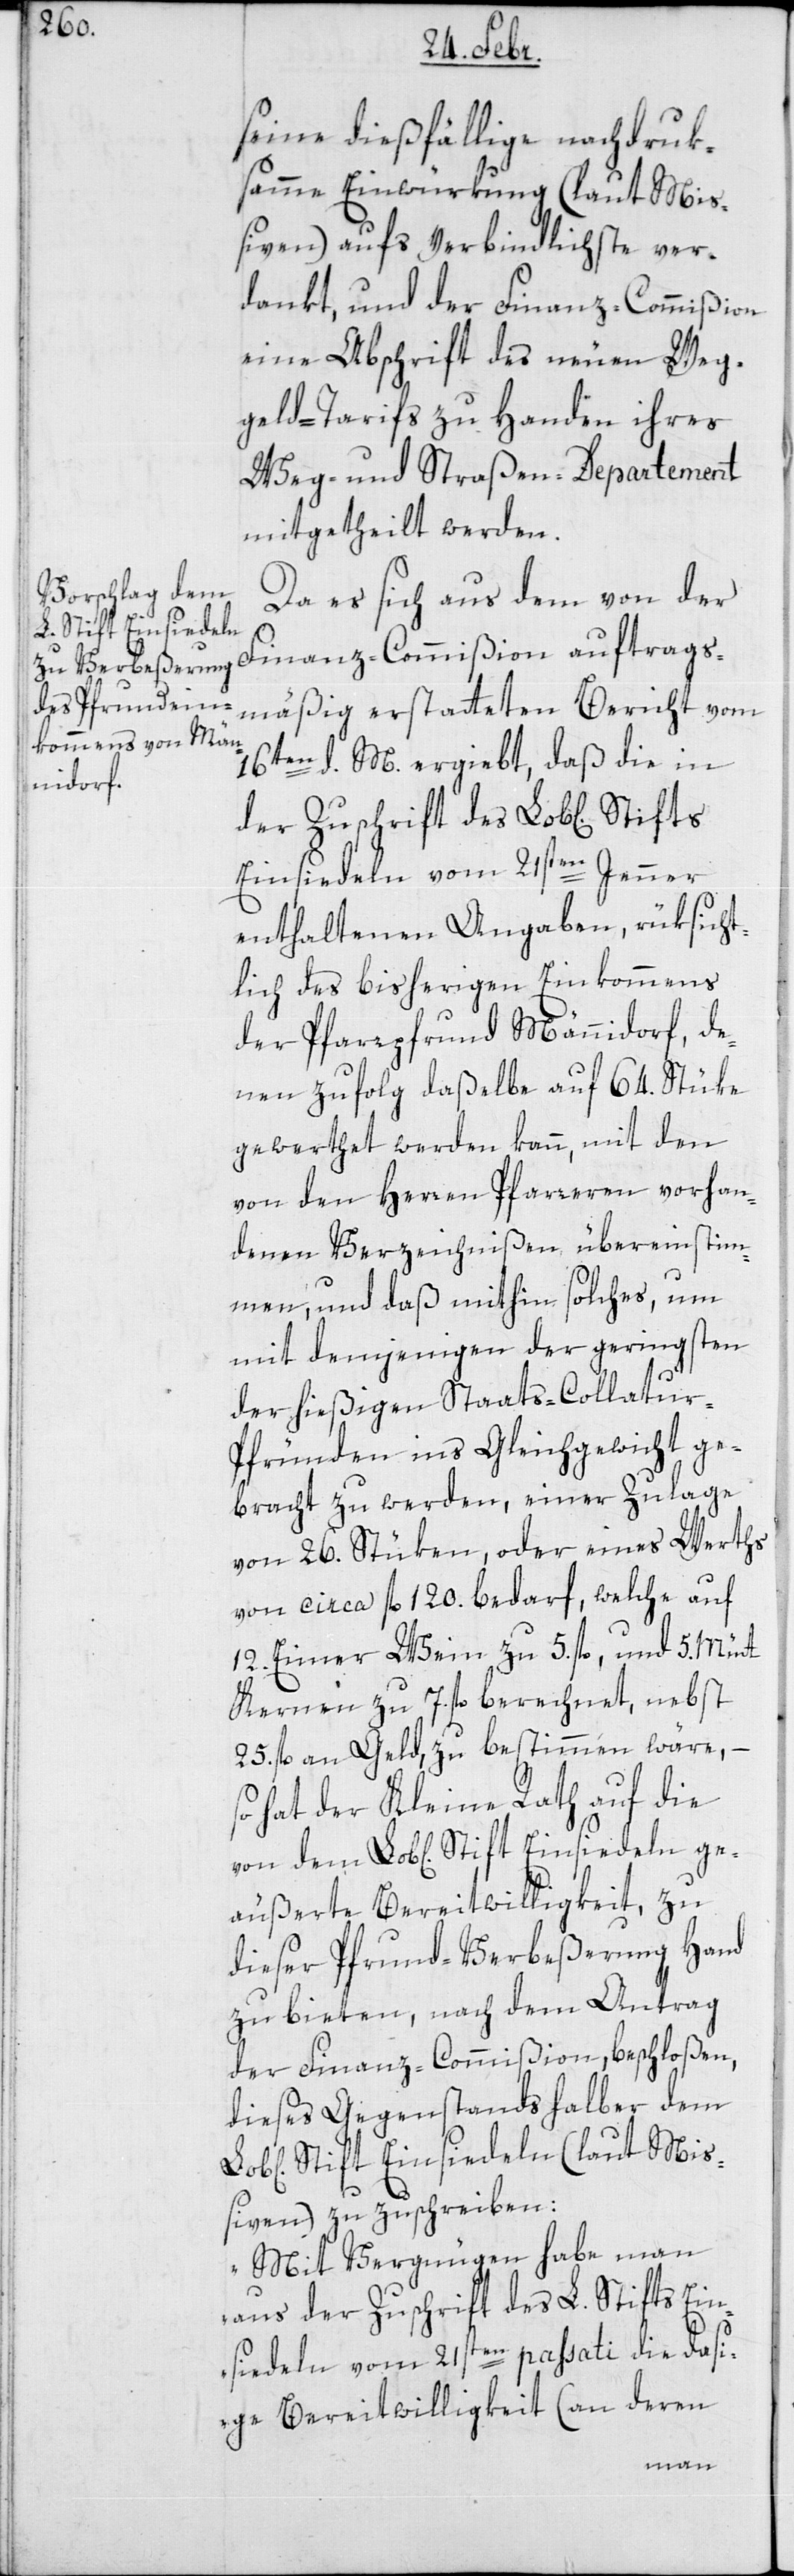
seine dießfällige nachdruk¬
same Einwürkung (laut Mi¬
ßiven) aufs verbindlichste ver¬
dankt, und der Finanz-Commißion
eine Abschrift des neuen Weg¬
geld-Tarifs zu Handen ihres
Weg- und Straßen-Departement
mitgetheilt werden.
Da es sich aus dem von der
Stift Einsiedeln
mäßig erstatteten Bericht vom
16ten d. M[es] ergiebt, daß die in
der Zuschrift des Lobl[ichen]
Einsiedeln vom 21sten Jenner
enthaltenen Angaben, rüksicht¬
lich des bisherigen Einkommens
der Pfarrpfrund Männidorf, de¬
nen zufolg daßelbe auf 64. Stüke
gewerthet werden kann, mit den
von den Herren Pfarreren vorhan¬
denen Verzeichnißen übereinstim¬
men, und daß mithin solches, um
mit demjenigen der geringsten
der hießigen Staats-Collatur-P¬
fründen ins Gleichgewicht ge¬
bracht zu werden, einer Zulage
von 26. Stüken oder eines Werts
von circa fl. 120. bedarf, welche auf
12. Eimer Wein zu 5. fl. und 5. Mütt
Kernen zu 7. fl. berechnet, nebst
25. fl an Geld zu bestimmen wäre, –
so hat der Kleine Rath auf die
geäußerte Bereitwilligkeit, zu
dieser Pfrund-Verbeßerung Hand
zu bieten, nach dem Antrag
der Finanz-Commißion beschloßen,
dieses Gegenstands halber dem
Stift Einsiedeln (laut Miß¬
iven) zu zuschreiben:
„Mit Vergnügen habe man
aus der Zuschrift des L. Stifts Ein¬
siedeln vom 21sten passati die das¬
ige Bereitwilligkeit (an deren
auftrags¬